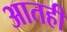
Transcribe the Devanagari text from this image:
आतही